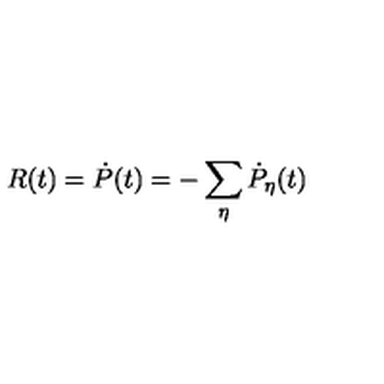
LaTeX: R ( t ) = \dot { P } ( t ) = - \sum _ { \eta } \dot { P } _ { \eta } ( t )